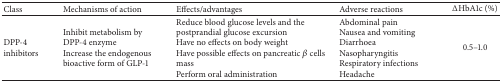
<table><thead><tr><td><b>Class</b></td><td><b>Mechanisms of action</b></td><td><b>Effects/advantages</b></td><td><b>Adverse reactions</b></td><td><b>ΔHbA1c (%)</b></td></tr></thead><tbody><tr><td>DPP-4 inhibitors</td><td>Inhibit metabolism by DPP-4 enzymeIncrease the endogenous bioactive form of GLP-1 </td><td>Reduce blood glucose levels and the postprandial glucose excursionHave no effects on body weightHave possible effects on pancreatic <i>β</i> cells massPerform oral administration</td><td>Abdominal painNausea and vomitingDiarrhoeaNasopharyngitisRespiratory infectionsHeadache</td><td>0.5–1.0</td></tr></tbody></table>